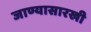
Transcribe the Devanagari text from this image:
जाण्यासारखी